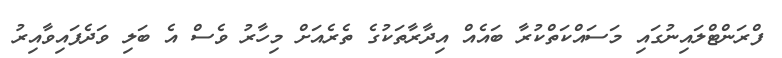
ފްރަންޓްލައިނުގައި މަސައްކަތްކުރާ ބައެއް އިދާރާތަކުގެ ތެރެއަށް މިހާރު ވެސް އެ ބަލި ވަދެފައިވާއިރު